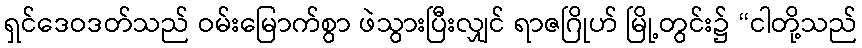
ရှင်ဒေဝဒတ်သည် ဝမ်းမြောက်စွာ ဖဲသွားပြီးလျှင် ရာဇဂြိုဟ် မြို့တွင်း၌ “ငါတို့သည်